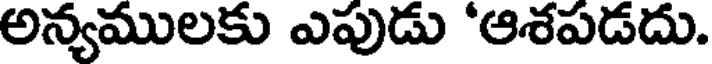
అన్యములకు ఎపుడు 'ఆశపడదు.